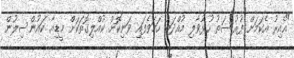
"އެއިރު އެކަމަށް ފުރުސަތު ހުޅުވާލި މުއްދަތު ހަމަވެފައި ވަނިކޮށް ކުއްލިގޮތަކަށް މީޑިއާ ކައުންސިލުން